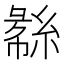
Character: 𬗧